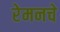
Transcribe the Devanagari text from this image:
रेमनचे